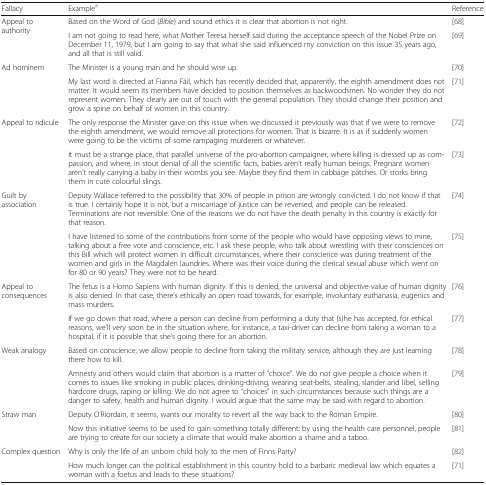
<table><thead><tr><td><b>Fallacy</b></td><td><b>Example<sup>a</sup></b></td><td><b>Reference</b></td></tr></thead><tbody><tr><td rowspan="2">Appeal to authority</td><td>Based on the Word of God (<i>Bible</i>) and sound ethics it is clear that abortion is not right.</td><td>[68]</td></tr><tr><td>I am not going to read here, what Mother Teresa herself said during the acceptance speech of the Nobel Prize on December 11, 1979, but I am going to say that what she said influenced my conviction on this issue 35 years ago, and all that is still valid.</td><td>[69]</td></tr><tr><td rowspan="2">Ad hominem</td><td>The Minister is a young man and he should wise up.</td><td>[70]</td></tr><tr><td>My last word is directed at Fianna Fáil, which has recently decided that, apparently, the eighth amendment does not matter. It would seem its members have decided to position themselves as backwoodsmen. No wonder they do not represent women. They clearly are out of touch with the general population. They should change their position and grow a spine on behalf of women in this country.</td><td>[71]</td></tr><tr><td rowspan="2">Appeal to ridicule</td><td>The only response the Minister gave on this issue when we discussed it previously was that if we were to remove the eighth amendment, we would remove all protections for women. That is bizarre. It is as if suddenly women were going to be the victims of some rampaging murderers or whatever.</td><td>[72]</td></tr><tr><td>It must be a strange place, that parallel universe of the pro-abortion campaigner, where killing is dressed up as compassion, and where, in stout denial of all the scientific facts, babies aren’t really human beings. Pregnant women aren’t really carrying a baby in their wombs you see. Maybe they find them in cabbage patches. Or storks bring them in cute colourful slings.</td><td>[73]</td></tr><tr><td rowspan="2">Guilt by association</td><td>Deputy Wallace referred to the possibility that 30% of people in prison are wrongly convicted. I do not know if that is true. I certainly hope it is not, but a miscarriage of justice can be reversed, and people can be released. Terminations are not reversible. One of the reasons we do not have the death penalty in this country is exactly for that reason.</td><td>[74]</td></tr><tr><td>I have listened to some of the contributions from some of the people who would have opposing views to mine, talking about a free vote and conscience, etc. I ask these people, who talk about wrestling with their consciences on this Bill which will protect women in difficult circumstances, where their conscience was during treatment of the women and girls in the Magdalen laundries. Where was their voice during the clerical sexual abuse which went on for 80 or 90 years? They were not to be heard.</td><td>[75]</td></tr><tr><td rowspan="2">Appeal to consequences</td><td>The fetus is a Homo Sapiens with human dignity. If this is denied, the universal and objective value of human dignity is also denied. In that case, there’s ethically an open road towards, for example, involuntary euthanasia, eugenics and mass murders.</td><td>[76]</td></tr><tr><td>If we go down that road, where a person can decline from performing a duty that (s)he has accepted, for ethical reasons, we’ll very soon be in the situation where, for instance, a taxi-driver can decline from taking a woman to a hospital, if it is possible that she’s going there for an abortion.</td><td>[77]</td></tr><tr><td rowspan="2">Weak analogy</td><td>Based on conscience, we allow people to decline from taking the military service, although they are just learning there how to kill.</td><td>[78]</td></tr><tr><td>Amnesty and others would claim that abortion is a matter of “choice”. We do not give people a choice when it comes to issues like smoking in public places, drinking-driving, wearing seat-belts, stealing, slander and libel, selling hardcore drugs, raping or killing. We do not agree to “choices” in such circumstances because such things are a danger to safety, health and human dignity. I would argue that the same may be said with regard to abortion.</td><td>[79]</td></tr><tr><td rowspan="2">Straw man</td><td>Deputy O’Riordain, it seems, wants our morality to revert all the way back to the Roman Empire.</td><td>[80]</td></tr><tr><td>Now this initiative seems to be used to gain something totally different: by using the health care personnel, people are trying to create for our society a climate that would make abortion a shame and a taboo.</td><td>[81]</td></tr><tr><td rowspan="2">Complex question</td><td>Why is only the life of an unborn child holy to the men of Finns Party?</td><td>[82]</td></tr><tr><td>How much longer can the political establishment in this country hold to a barbaric medieval law which equates a woman with a foetus and leads to these situations?</td><td>[71]</td></tr></tbody></table>